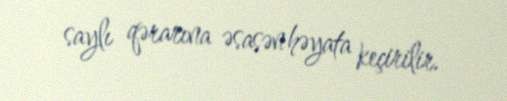
saylı qərarına əsasən həyata keçirilir.